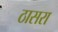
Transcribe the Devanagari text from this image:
ठासरा